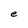
Character: e